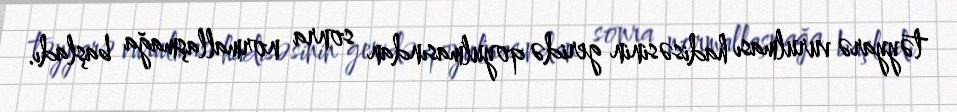
təyyarə vurulması hadisəsinin geridə qoyulmasından sonra normallaşmağa başladı.